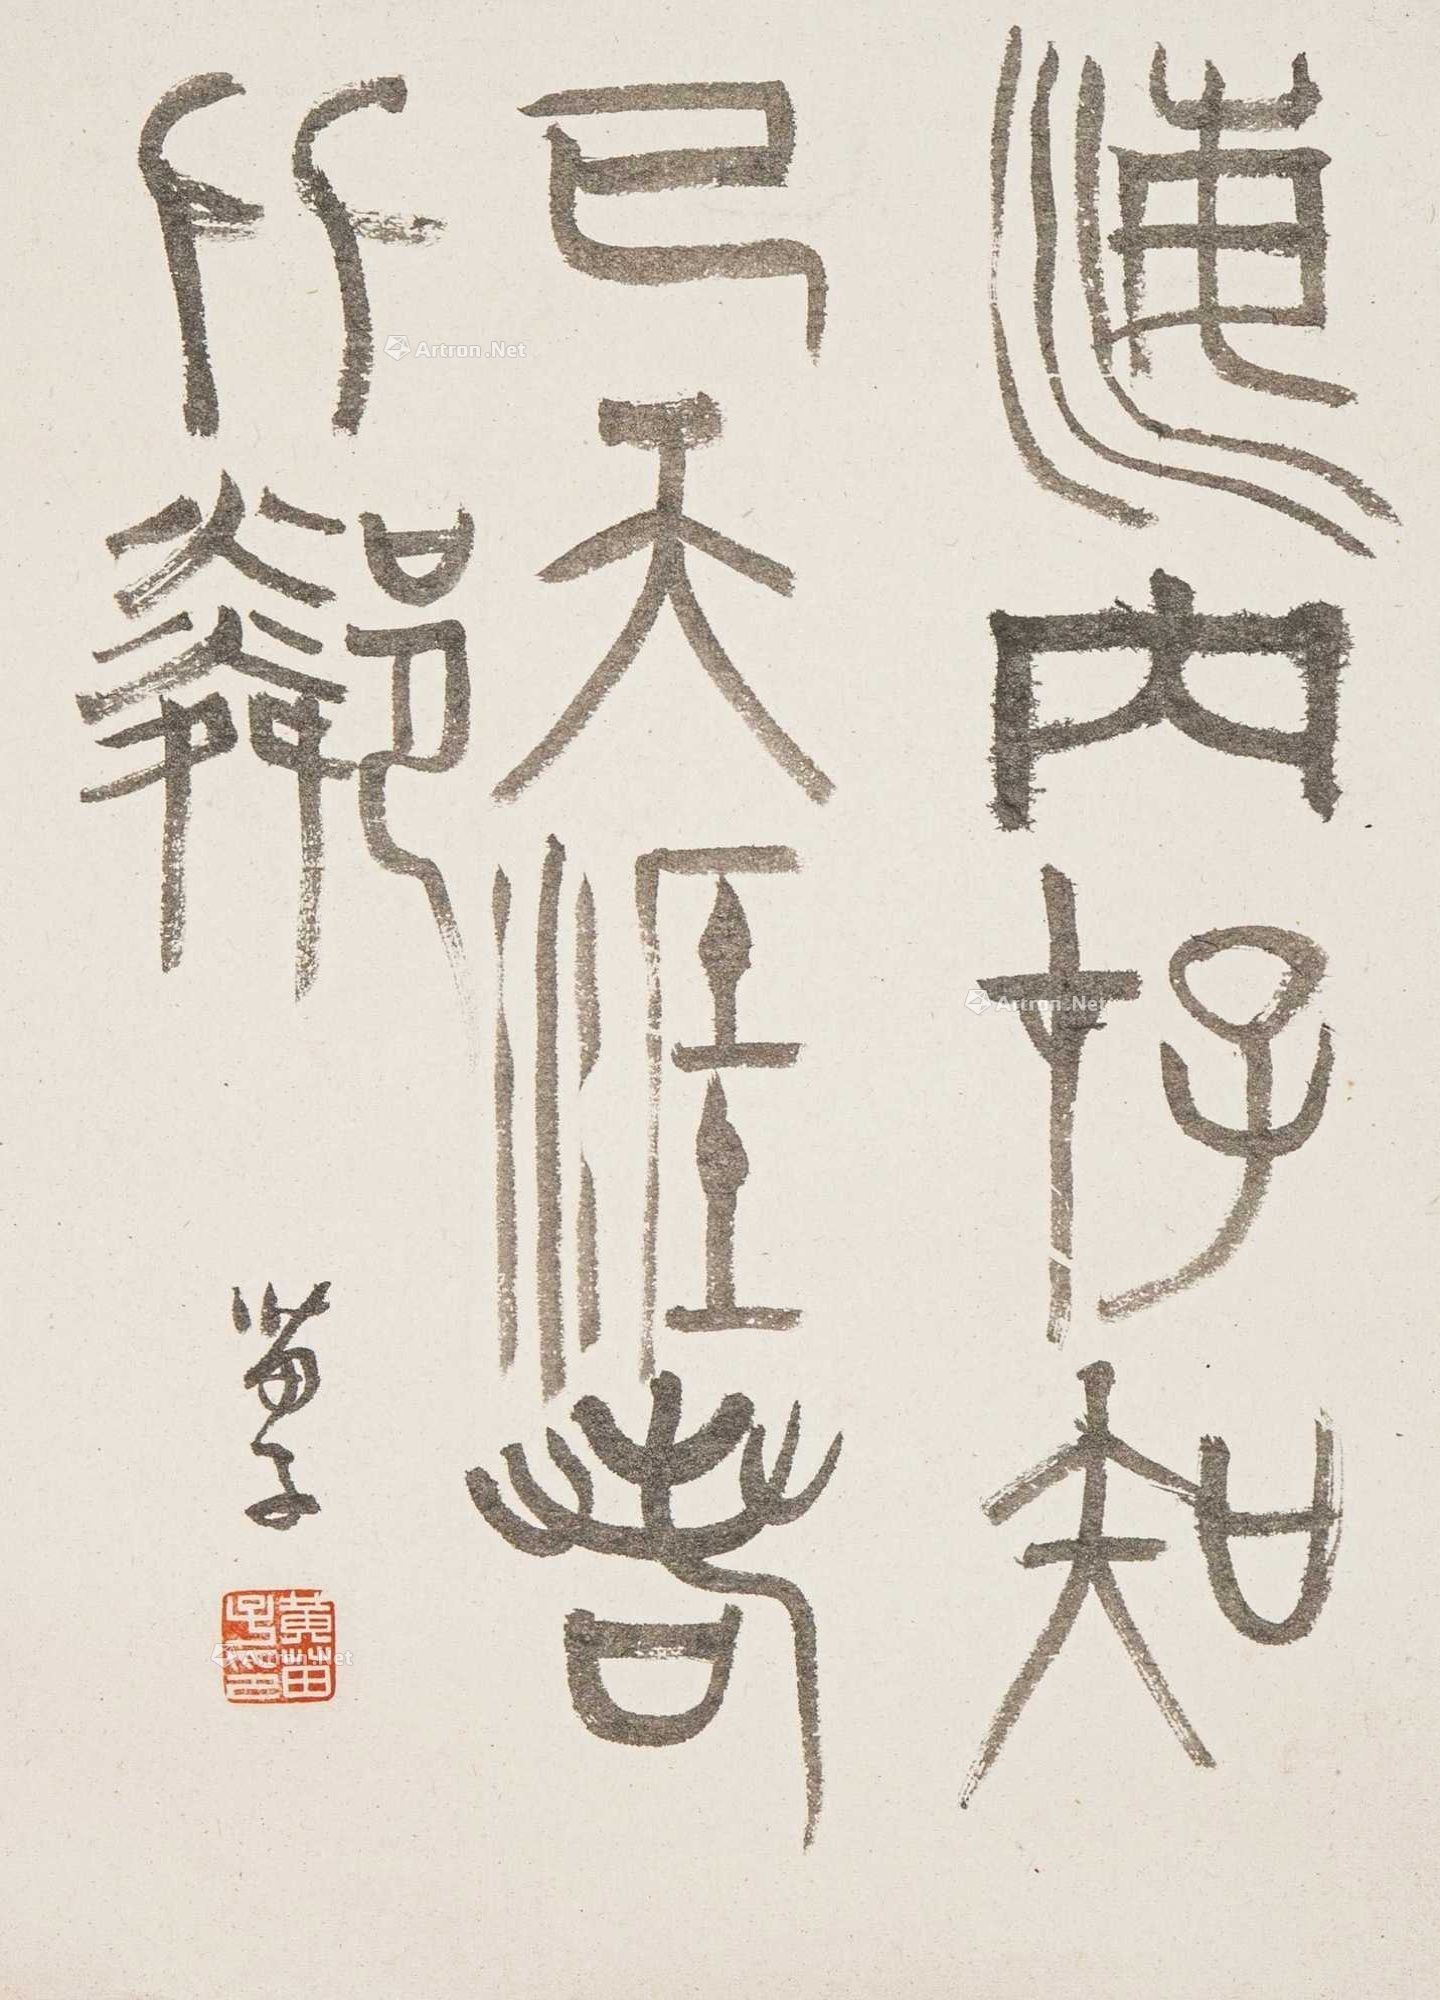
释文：海内存知己，天涯若比邻。苗子。